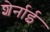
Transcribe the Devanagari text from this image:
शेर्नाई